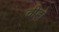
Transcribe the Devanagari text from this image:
चीहो